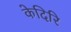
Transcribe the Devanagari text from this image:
केदिरि